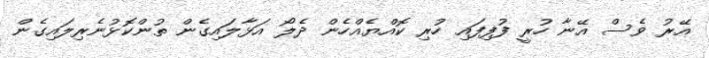
އޭރު ވެސް އޭނާ ހުރީ ފުފިފައި ހުރި ކޮއްޔެއްހެން ދެލޯ އަޅާލައިގެން ތުންކޮޅުނެރިލައިގެން